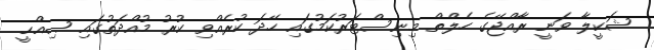
ޝަކީލާ ވަނީ ރާއްޖޭގެ ހެލްތް މިނިސްޓަރުކަމުގައި ހޭދަ ކުރެއްވި ކުރު މުއްދަތުގައި ޞިއްޙީ